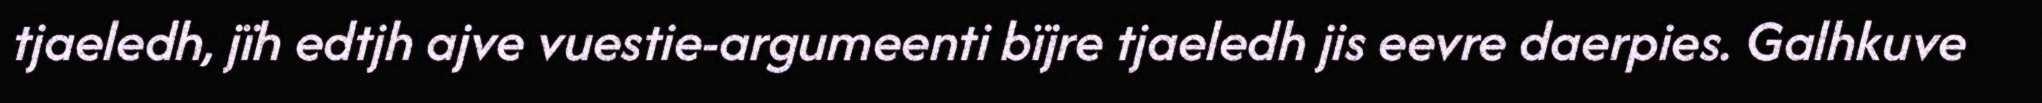
tjaeledh, jïh edtjh ajve vuestie-argumeenti bïjre tjaeledh jis eevre daerpies. Galhkuve